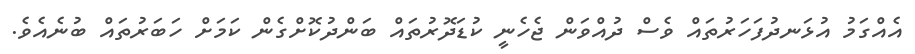
އެއްގަމު އުޅަނދުފަހަރުތައް ވެސް ދުއްވަން ޖެހެނީ ކުޑަދޮރުތައް ބަންދުކޮށްގެން ކަމަށް ހަބަރުތައް ބުނެއެވެ.